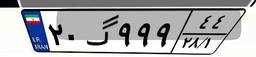
۲۱گ۹۷۷۶۷